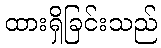
ထားရှိခြင်းသည်